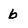
Character: b